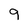
Character: 9